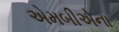
એમબીએના